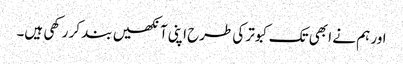
اور ہم نے ا بھی تک کبوتر کی طرح اپنی آنکھیں بند کر رکھی ہیں۔